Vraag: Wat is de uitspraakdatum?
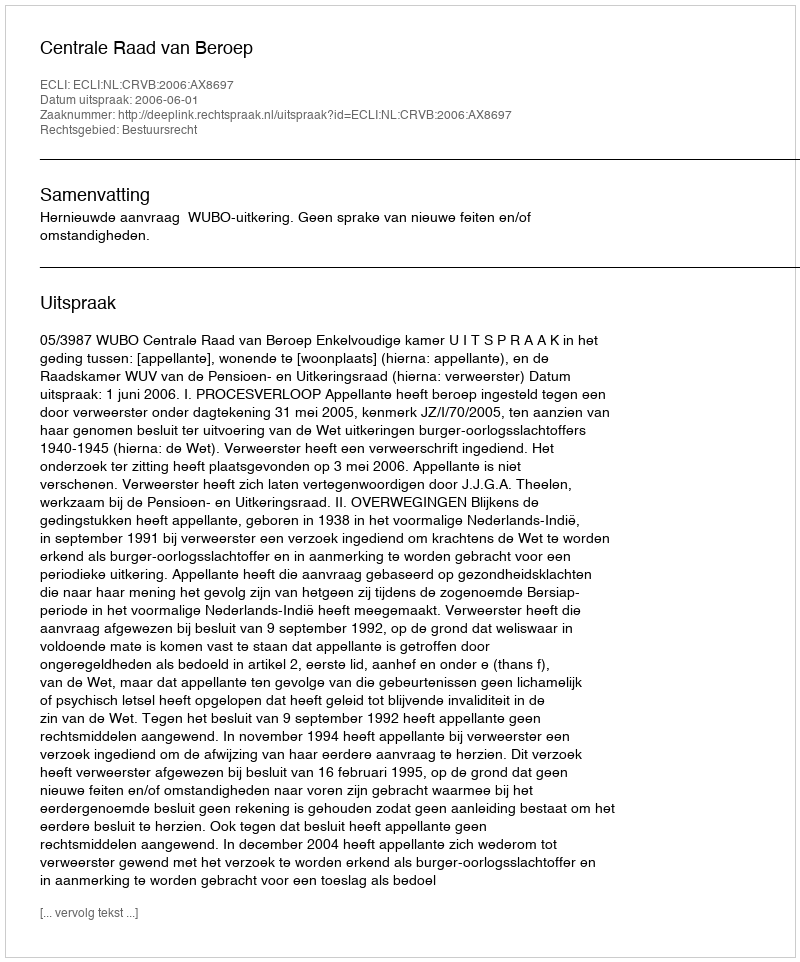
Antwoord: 2006-06-01